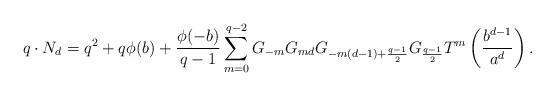
LaTeX: \begin{align*}q\cdot N_d&=q^2+q\phi(b)+\frac{\phi(-b)}{q-1}\sum_{m=0}^{q-2}G_{-m}G_{md}G_{-m(d-1)+\frac{q-1}{2}}G_{\frac{q-1}{2}}T^m\left(\frac{b^{d-1}}{a^d}\right).\end{align*}